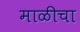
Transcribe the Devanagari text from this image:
माळीचा